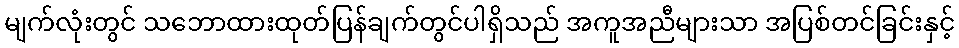
မျက်လုံးတွင် သဘောထားထုတ်ပြန်ချက်တွင်ပါရှိသည် အကူအညီများသာ အပြစ်တင်ခြင်းနှင့်